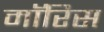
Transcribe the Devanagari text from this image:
माॅरिस